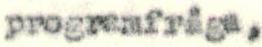
programfråga,